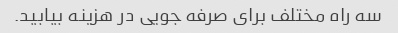
سه راه مختلف برای صرفه جویی در هزینه بیابید.